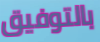
بالتوفيق